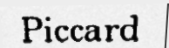
Piccard